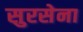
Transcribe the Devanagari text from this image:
सुरसेना